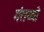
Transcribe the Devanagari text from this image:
गंतव्यो